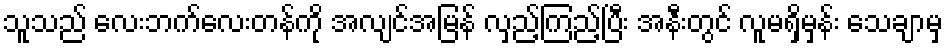
သူသည် လေးဘက်လေးတန်ကို အလျင်အမြန် လှည့်ကြည့်ပြီး အနီးတွင် လူမရှိမှန်း သေချာမှ